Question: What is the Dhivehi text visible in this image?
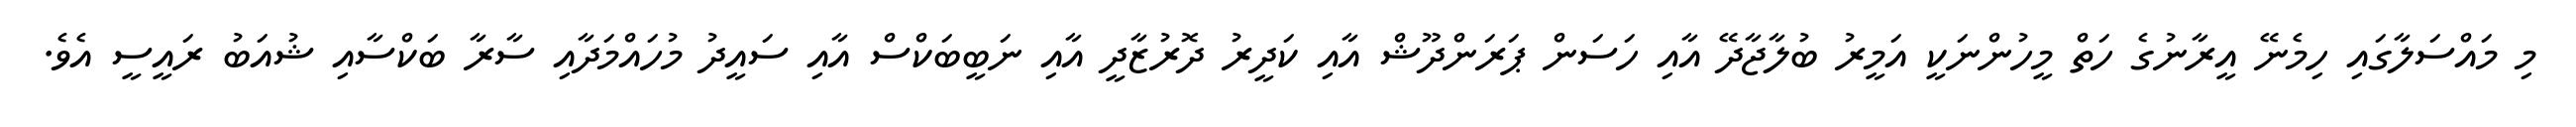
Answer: މި މައްސަލާގައި ހިމެނޭ އީރާނުގެ ހަތް މީހުންނަކީ އަމީރު ބުލާޖާދޭ އާއި ހަސަން ޕަރަންދޫޝް އާއި ކަދީރު ދޮރުޒާދީ އާއި ނަބީބަކްސް އާއި ސައީދު މުހައްމަދާއި ސާރާ ބަކްސާއި ޝުއަބު ރައީސީ އެވެ.